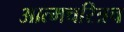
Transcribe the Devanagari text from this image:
आत्मचरित्रच